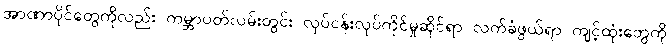
အာဏာပိုင်တွေကိုလည်း ကမ္ဘာပတ်လမ်းတွင်း လုပ်ငန်းလုပ်ကိုင်မှုဆိုင်ရာ လက်ခံဖွယ်ရာ ကျင့်ထုံးတွေကို